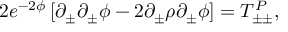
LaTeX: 2 e ^ { - 2 \phi } \left[ \partial _ { \pm } \partial _ { \pm } \phi - 2 \partial _ { \pm } \rho \partial _ { \pm } \phi \right] = T _ { \pm \pm } ^ { P } ,